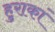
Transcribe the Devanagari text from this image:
हुराकां